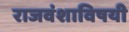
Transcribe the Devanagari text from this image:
राजवंशाविषयी